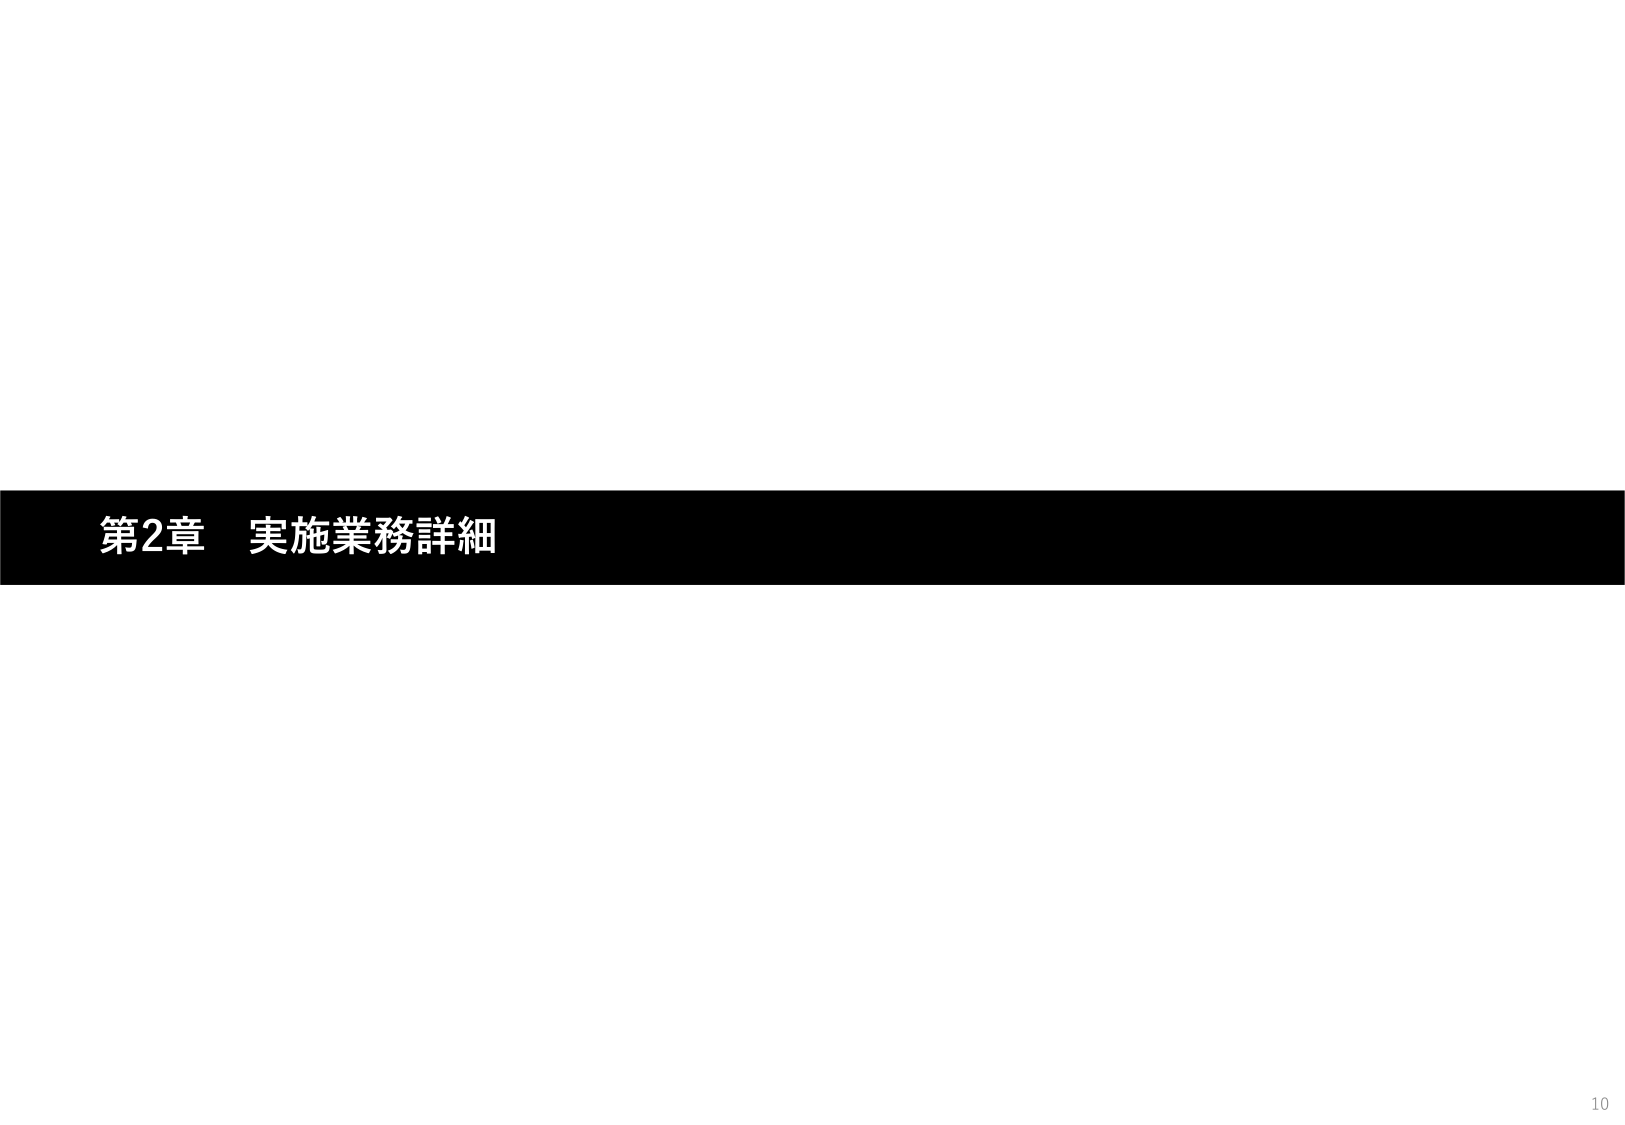
第2章 実施業務詳細
10